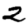
Digit: 2